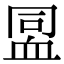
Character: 𧖳